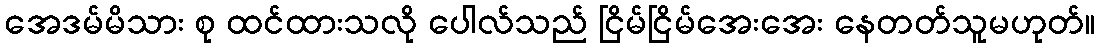
အေဒမ်မိသား စု ထင်ထားသလို ပေါလ်သည် ငြိမ်ငြိမ်အေးအေး နေတတ်သူမဟုတ်။